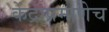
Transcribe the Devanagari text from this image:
केंद्राप्रमाणेच